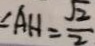
\angle A H = \frac { \sqrt { 2 } } { 2 }